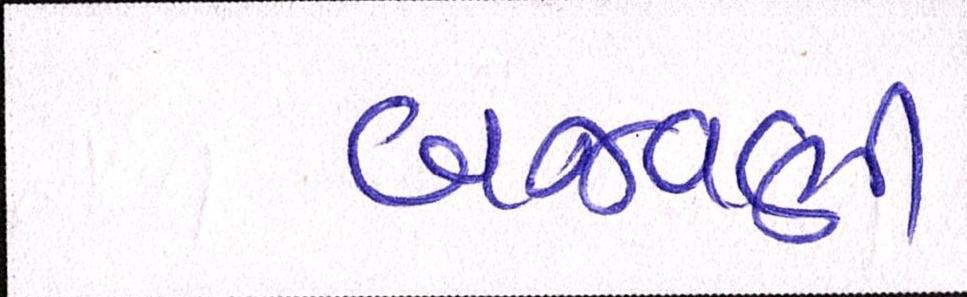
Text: બજવણી